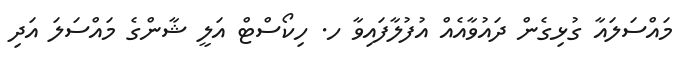
މައްސަލައާ ގުޅިގެން ދައުވާއެއް އުފުލާފައިވާ ހ. ހިކޯސްޓް އަލީ ޝާންގެ މައްސަލަ އަދި